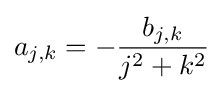
a_{j,k}=-{\frac {b_{j,k}}{j^{2}+k^{2}}}